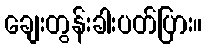
ချေးတွန်းခါးပတ်ပြား။